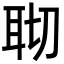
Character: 𦕀